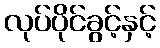
လုပ်ပိုင်ခွင့်နှင့်